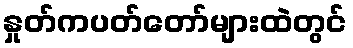
နှုတ်ကပတ်တော်များထဲတွင်